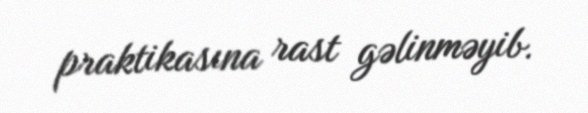
praktikasına rast gəlinməyib.